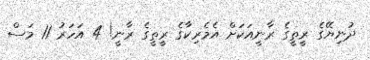
ދުނިޔޭގެ ރީތީގެ ރާނީއަކަށް އެމެރިކާގެ ރީތީގެ ރާނީ! 4 އަހަރު 11 މަސް